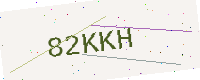
Text: 82KKH